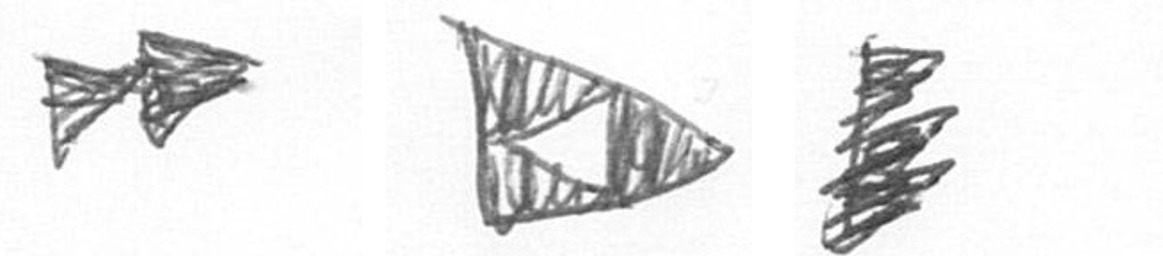
A K H